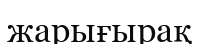
жарығырақ